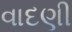
વાદણી